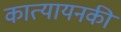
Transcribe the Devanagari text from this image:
कात्यायनकी